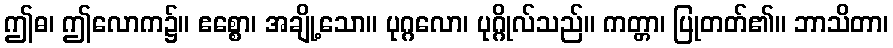
ဤဓ၊ ဤလောက၌။ ဧစ္စော၊ အချို့သော။ ပုဂ္ဂလော၊ ပုဂ္ဂိုလ်သည်။ ကတ္တာ၊ ပြုတတ်၏။ ဘာသိတာ၊